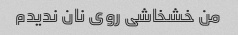
من خشخاشی روی نان ندیدم